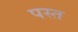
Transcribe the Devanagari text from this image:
पस्‍त